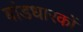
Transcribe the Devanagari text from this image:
बांडधारकों